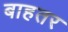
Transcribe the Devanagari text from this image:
बाहतर